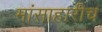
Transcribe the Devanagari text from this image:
मांसाहारीच